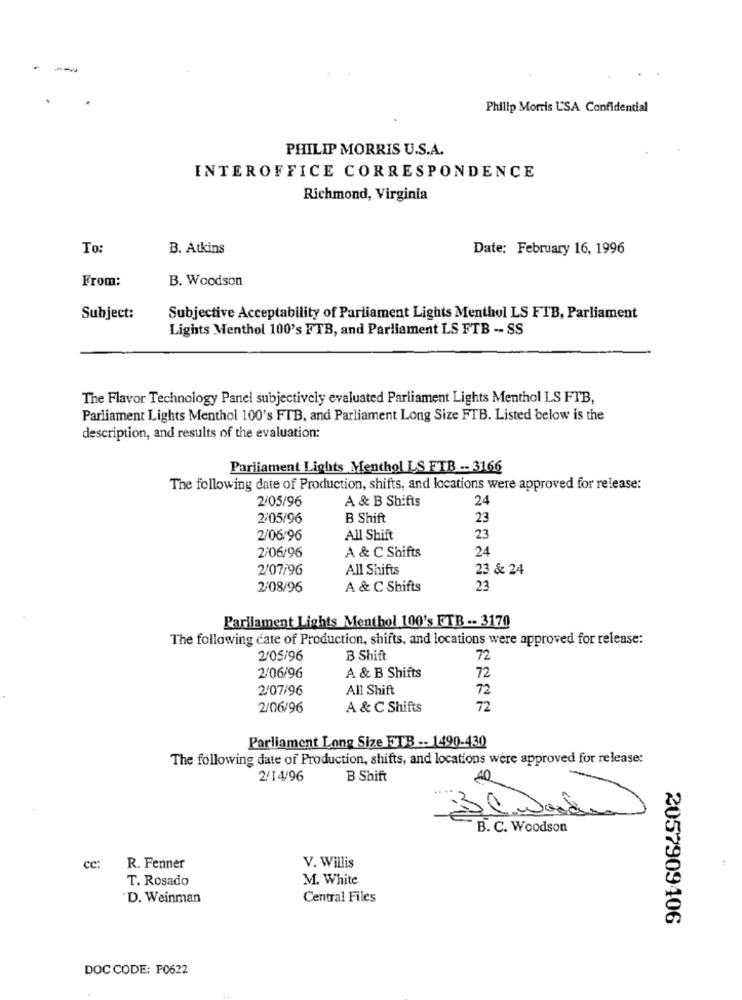
.
Philip Morris USA Confidential
PHILIP MORRIS U.S.A.
INTEROFFICE CORRESPONDENCE
Richmond, Virginia
To:
B. Atkins
Date: February 16, 1996
From:
B. Woodson
Subject:
Subjective Acceptability of Parliament Lights Menthol LS FTB, Parliament
Lights Menthol 100's FTB, and Parliament LS FTB -- SS
The Flavor Technology Panel subjectively evaluated Parliament Lights Menthol LS FTB,
Parliament Lights Menthol 100's FTB, and Parliament Long Size FTB. Listed below is the
description, and results of the evaluation:
Parliament Lights Menthol LS FTB -- 3166
The following date of Production, shifts, and locations were approved for release:
2/05/96
A & B Shifts
24
2/05/96
B Shift
23
2/06/96
All Shift
23
A & C Shifts
24
2/06/96
2/07/96
All Shifts
23 & 24
2/08/96
A & C Shifts
23
Parilament Lights Menthol 100's FTB -- 3170
The following cate of Production, shifts, and locations were approved for release:
2/05/96
B Shift
72
A & B Shifts
72
2/06/96
2/07/96
All Shift
72
2/06/96
A & C Shifts
72
Parliament Long Size ETVB -- 1490-430
The following date of Production, shifts, and locations were approved for release:
2/14/96
B Shift
B. C. Woodson
V. Willis
cc:
R. Fenner
T. Rosado
M. White
D. Weinman
Central Files
2057909406
DOC CODE: 0622